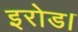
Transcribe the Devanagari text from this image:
इरोड।